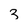
Character: 3